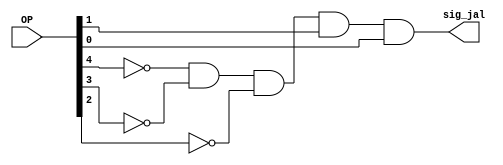
module min_jal(OP, sig_jal);
	// min stands for Minterms
	// here we got just one term: sig_jal = OP[4]' AND OP[3]' AND ...
	input [4:0] OP;
	output sig_jal;
	
	and myOP_and (sig_jal, ~OP[4], ~OP[3], ~OP[2], OP[1], OP[0]);
	
endmodule